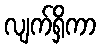
လျက်ရှိကာ